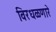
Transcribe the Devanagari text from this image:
विरधळणारे